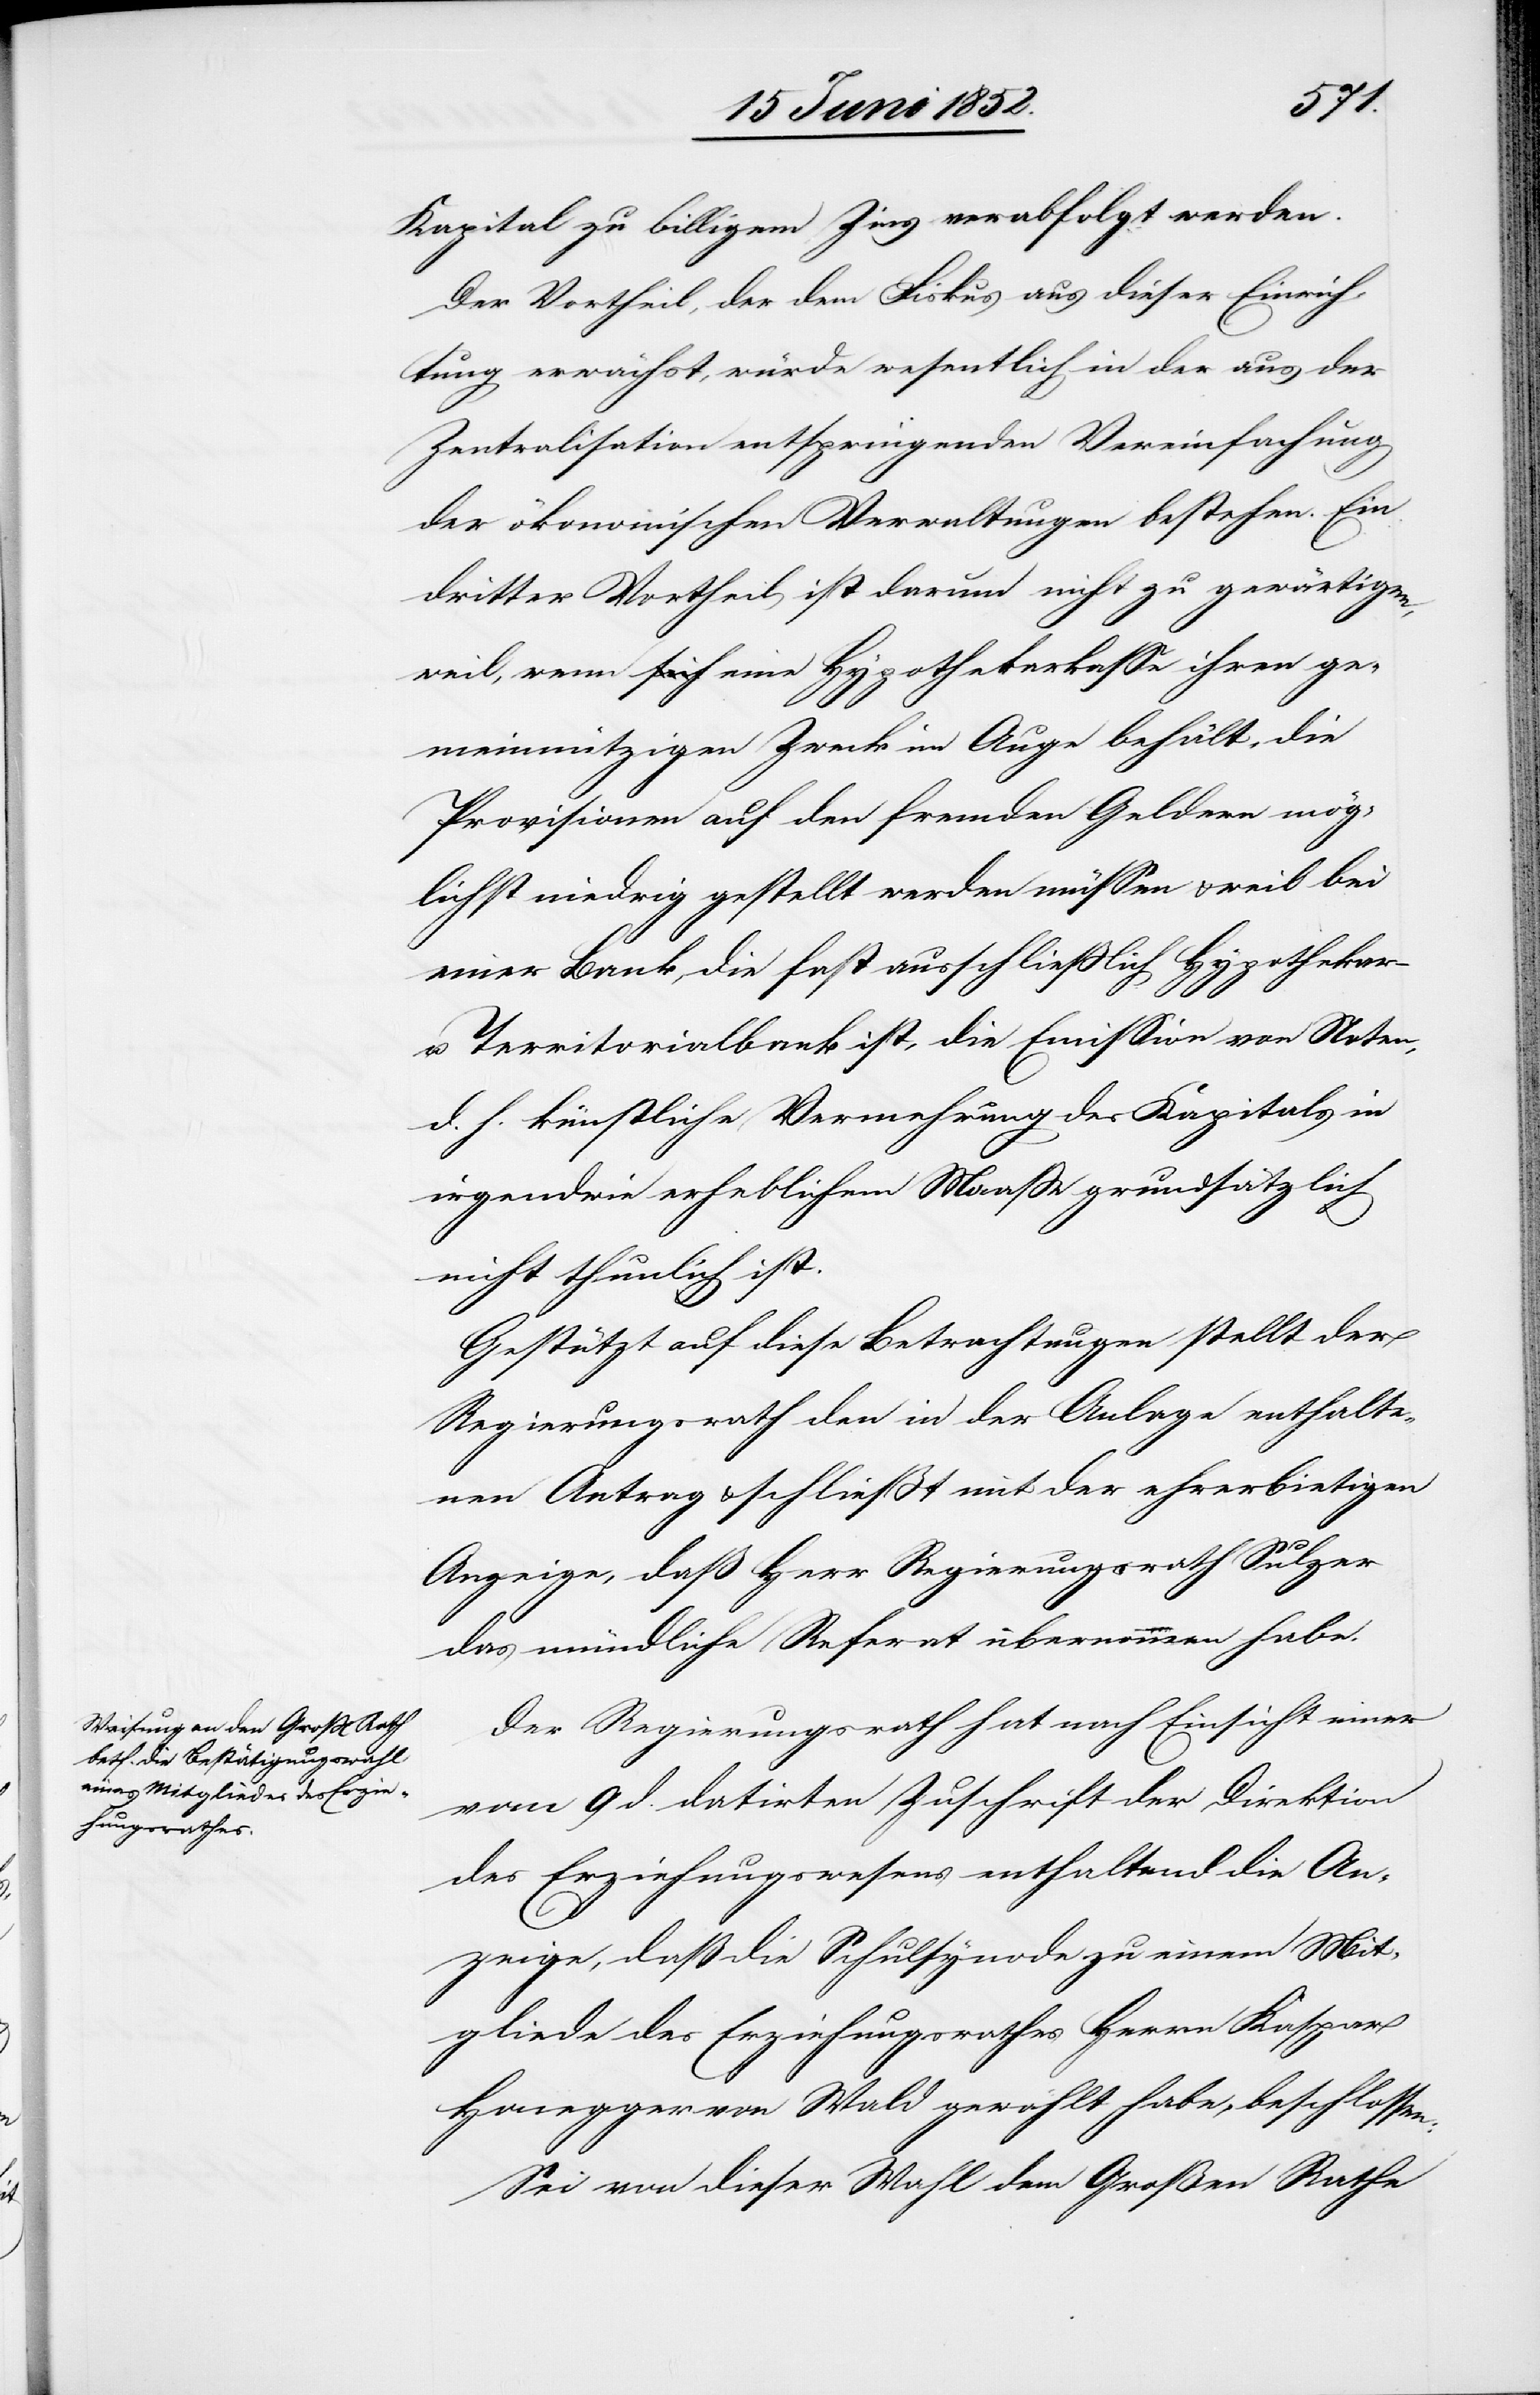
Kapital zu billigem Zins verabfolgt werden.
Der Vortheil, der dem Fiskus aus dieser Einrich¬
tung erwächst, würde wesentlich in der aus der
Zentralisation entspringenden Vereinfachung
der ökonomischen Verwaltungen bestehen. Ein
dritter Vortheil ist darum nicht zu gewärtigen,
weil, wenn eine Hypothekarkasse ihren ge¬
meinnützigen Zweck im Auge behält, die
Provisionen auf den fremden Geldern mög¬
lichst niedrig gestellt werden müssen & weil bei
einer Bank, die fast ausschliesslich Hypothekar-
u. Territorialbank ist, die Emission von Noten,
d. h. künstliche Vermehrung des Kapitals in
irgendwie erheblichem Maasse grundsätzlich
nicht thunlich ist.
Gestützt auf diese Betrachtungen stellt der
Regierungsrath den in der Anlage enthalte¬
nen Antrag & schließt mit der ehrerbietigen
Anzeige, daß Herr Regierungsrath Sulzer
das mündliche Referat übernommen habe.
Der Regierungsrath hat nach Einsicht einer
vom 9 d. datirten Zuschrift der Direktion
des Erziehungswesens enthaltend die An¬
zeige, daß die Schulsynode zu einem Mit¬
gliede des Erziehungsrathes Herrn Kaspar
Honegger von Wald gewählt habe, beschlossen:
Sei von dieser Wahl dem Großen Rathe